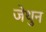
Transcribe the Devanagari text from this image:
जेथुन